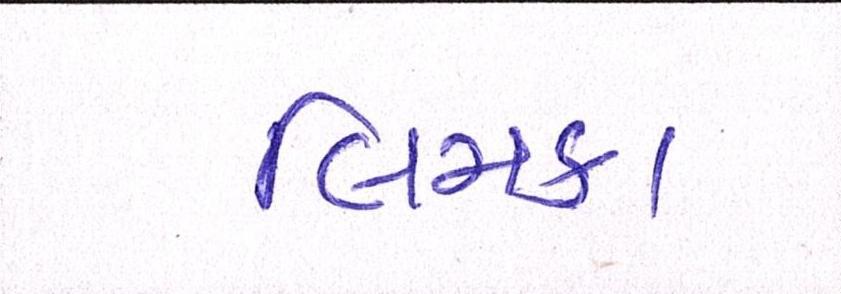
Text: લિમકા